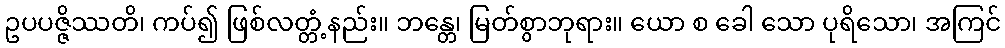
ဥပပဇ္ဇိဿတိ၊ ကပ်၍ ဖြစ်လတ္တံ့နည်း။ ဘန္တေ၊ မြတ်စွာဘုရား။ ယော စ ခေါ သော ပုရိသော၊ အကြင်